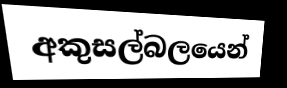
අකුසල්බලයෙන්